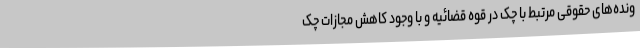
ونده‌های حقوقی مرتبط با چک در قوه قضائیه و با وجود کاهش مجازات چک